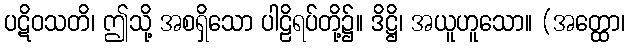
ပဋိဝသတိ၊ ဤသို့ အစရှိသော ပါဠိရပ်တို့၌။ ဒိဋ္ဌိ၊ အယူဟူသော။ (အတ္ထော၊